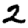
Digit: 2